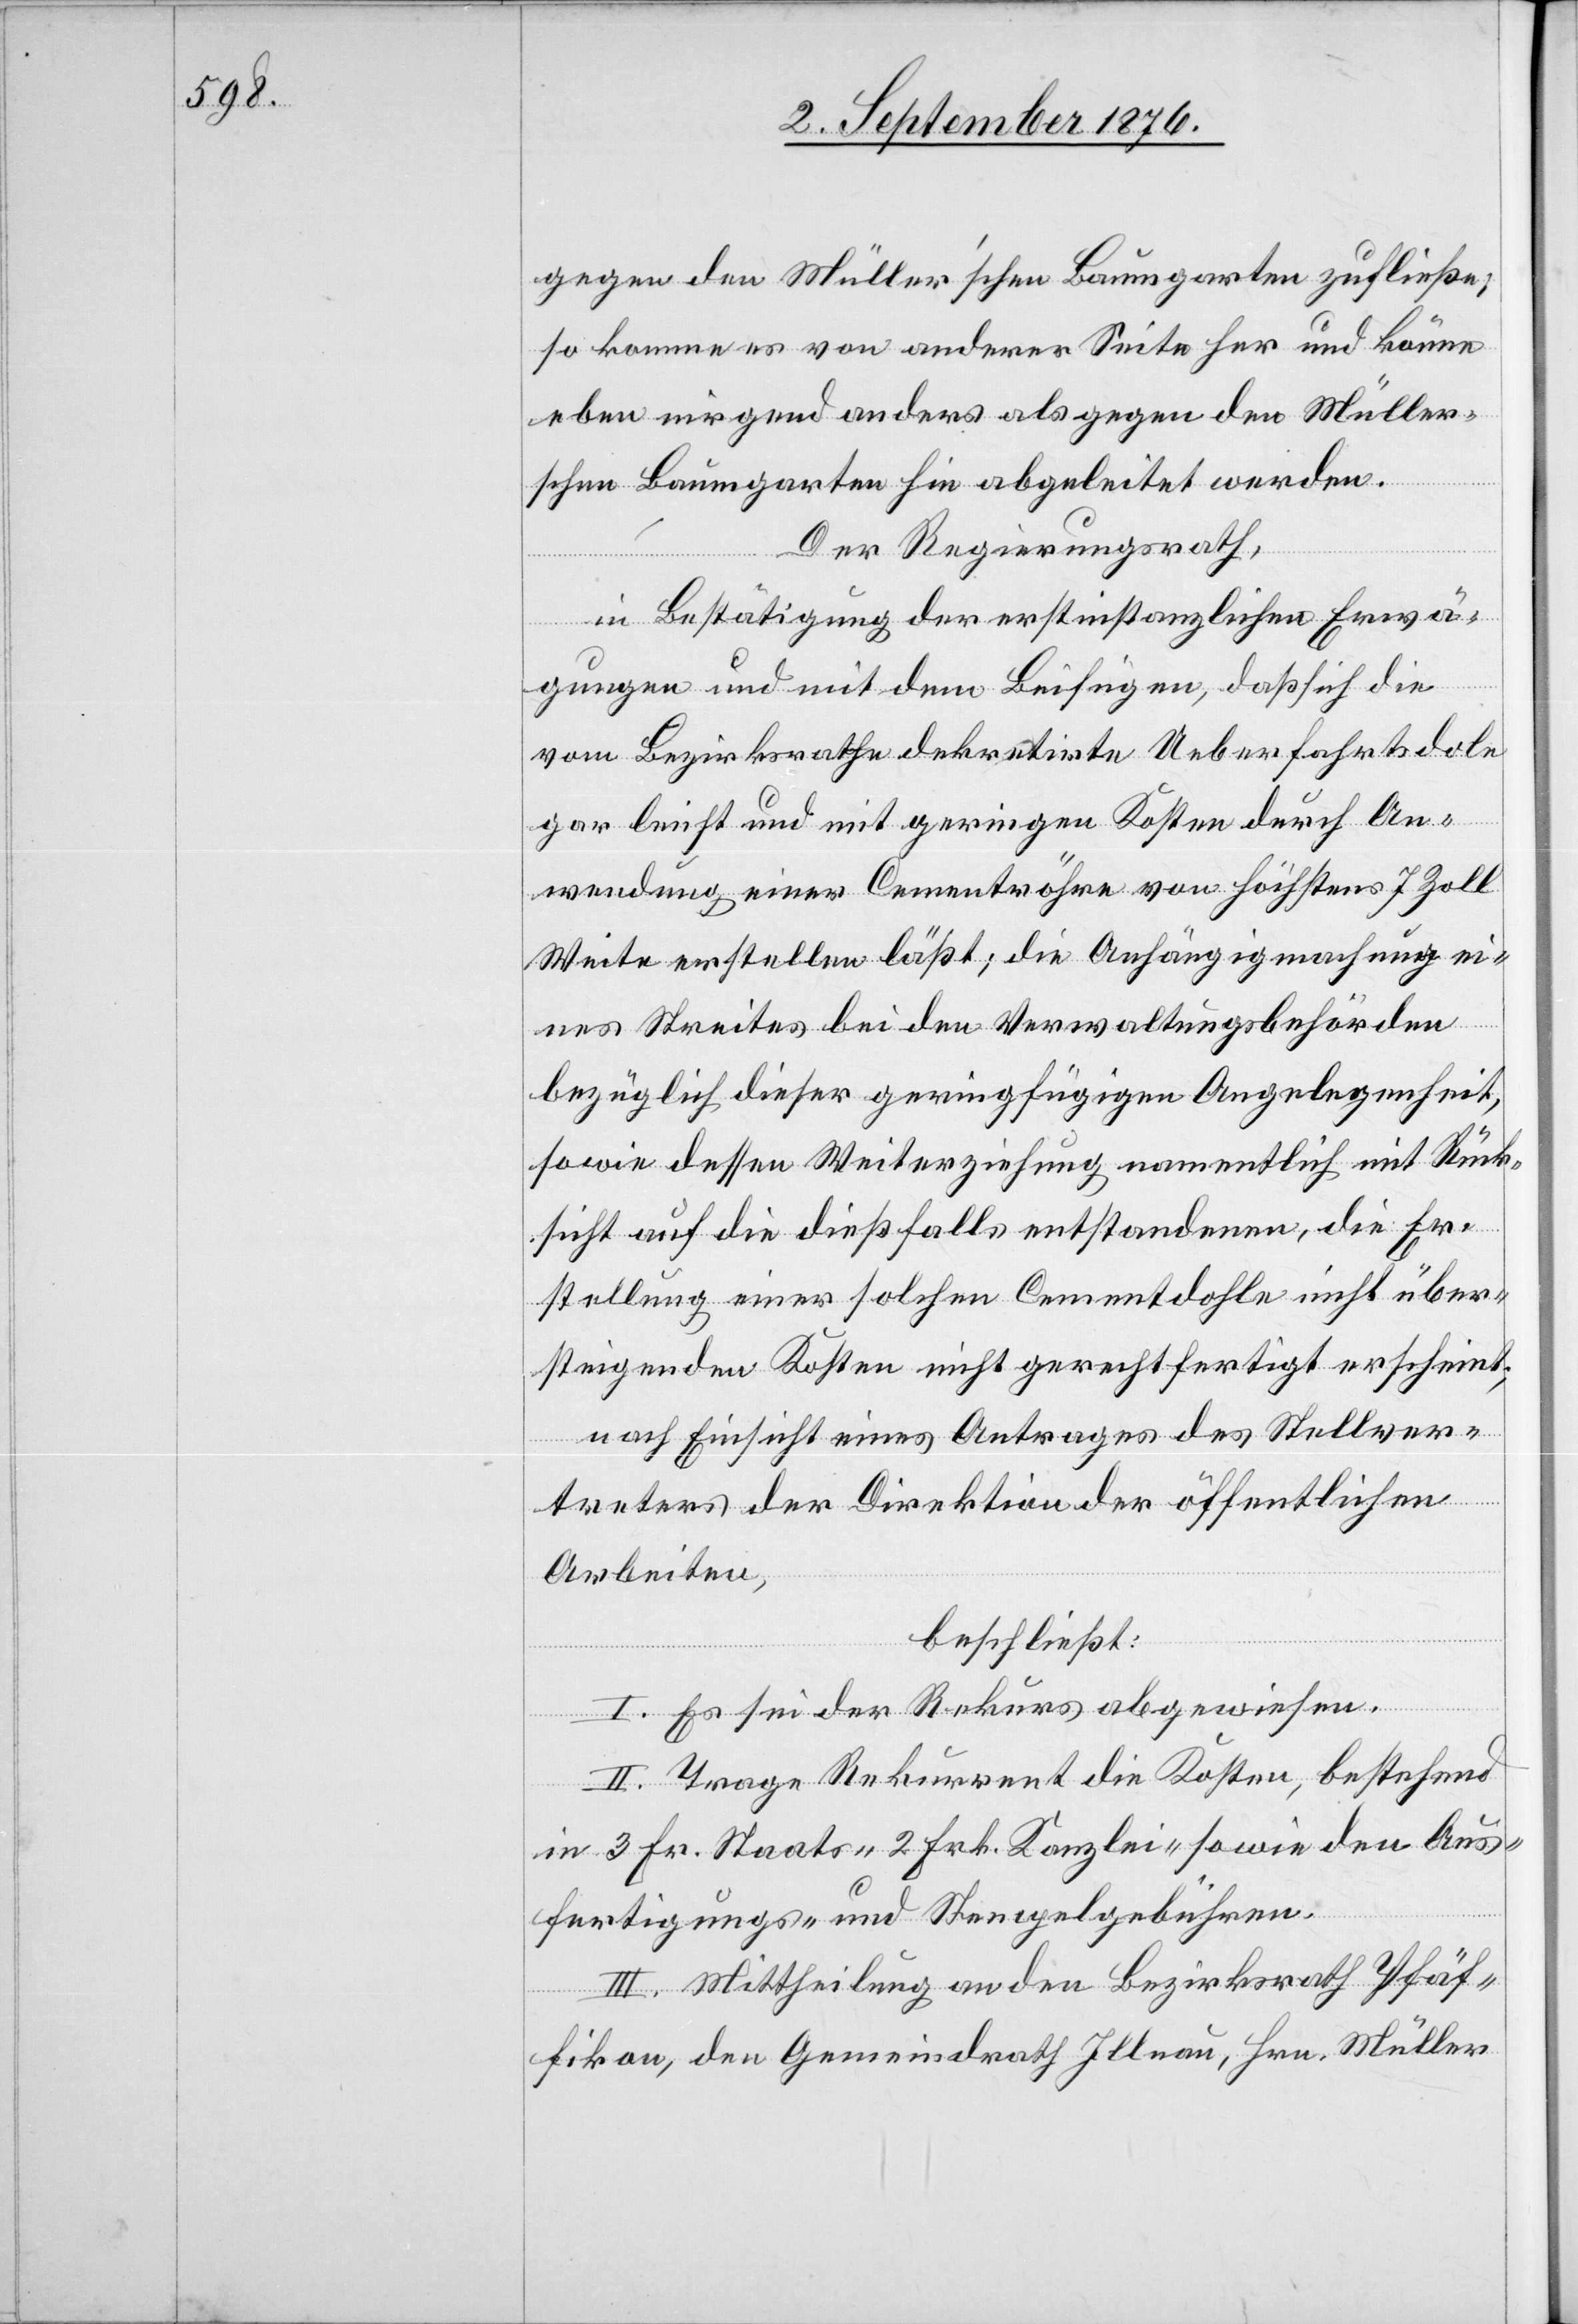
gegen den Müller’schen Baumgarten zufließe,
so komme es von anderer Seite her und könne
eben nirgend anders als gegen den Müller¬
schen Baumgarten hin abgeleitet werden.
Der Regierungsrath,
in Bestätigung der erstinstanzlichen Erwä¬
gungen und mit dem Beifügen, daß sich die
vom Bezirksrathe dekretirte Ueberfahrtsdole
gar leicht und mit geringen Kosten durch An¬
wendung einer Cementröhre von höchstens 7 Zoll
Weite erstellen läßt; die Anhängigmachung ei¬
nes Streites bei den Verwaltungsbehörden
bezüglich dieser geringfügigen Angelegenheit,
sowie dessen Weiterziehung namentlich mit Rück¬
sicht auf die dießfalls entstandenen, die Er¬
stellung einer solchen Cementdohle nicht über¬
steigenden Kosten nicht gerechtfertigt erscheint;
nach Einsicht eines Antrages des Stellver¬
treters der Direktion der öffentlichen
Arbeiten,
beschließt:
I. Es sei der Rekurs abgewiesen.
II. Trage Rekurrent die Kosten, bestehend
in 3 Fr. Staats-[,] 2 Frk. Kanzlei- sowie den Aus¬
fertigungs- und Stempelgebühren.
III. Mittheilung an den Bezirksrath Pfäf¬
fikon, den Gemeindrath Illnau, Hrn. Müller